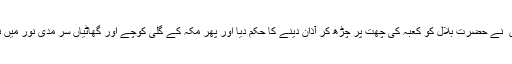
تطہیرِ کعبہ کے فوراً بعد حضور اقدس ۖ نے حضرت بلال کو کعبہ کی چھت پر چڑھ کر آذان دینے کا حکم دیا اور پھر مکہ کے گلی کوچے اور گھاٹیاں سر مدی نور میں نہائی ہو ئی گونج سے چھلکنے لگے ۔